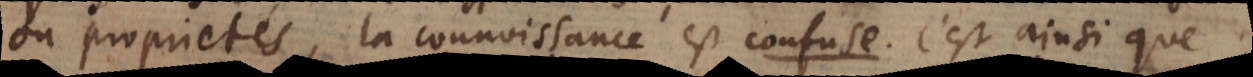
possible, la connoissance est confuse, c’est ainsi que